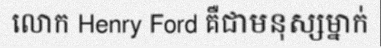
លោក Henry Ford គឺជាមនុស្សម្នាក់